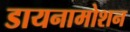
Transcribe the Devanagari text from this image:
डायनामोशन